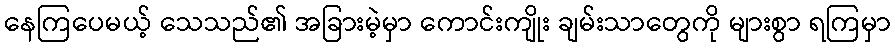
နေကြပေမယ့် သေသည်၏ အခြားမဲ့မှာ ကောင်းကျိုး ချမ်းသာတွေကို များစွာ ရကြမှာ